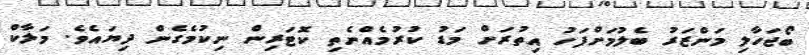
ބޯޖަހާލި މަންޒަރު ބެލުމަށްފަހު އިތުރަށް މަޑު ކުރުމެއްނެތި ކޮޓަރިން ނިކުމެގެން ދިޔައެވެ. މަލާކް